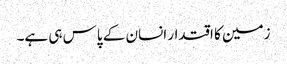
زمین کا اقتدار انسان کے پاس ہی ہے۔